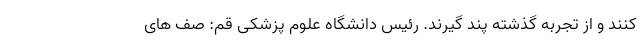
کنند و از تجربه گذشته پند گیرند. رئیس دانشگاه علوم پزشکی قم: صف های